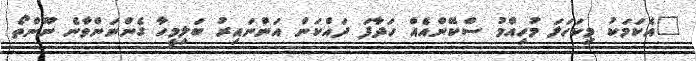
"އެކަމަކު މިކަހަލަ މުހިއްމު ސްކޭންއެއް ހަދާފަ ދައްކަން އަންނައިރު ބަލިމީހާ ގެންނަންވާނެ ނޫންތޯ